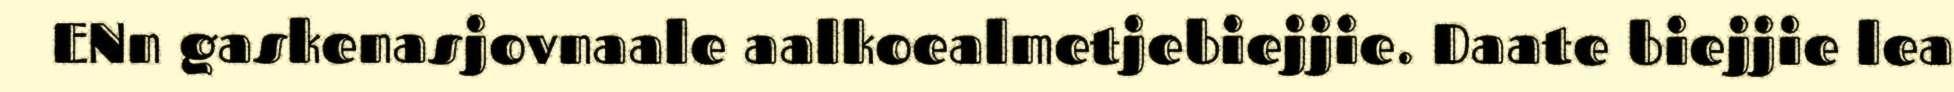
ENn gaskenasjovnaale aalkoealmetjebiejjie. Daate biejjie lea